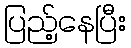
ပြည့်နေပြီး